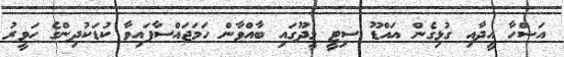
އަޟްހާ އީދާއި ގުޅިގެން އައްޑޫ ސިޓީ މީދޫގައި ބާއްވާން ހަމަޖައްސާފައިވާ ކުޑަކުދިންގެ ހަވީރު